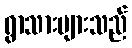
ရွာသားများသည်